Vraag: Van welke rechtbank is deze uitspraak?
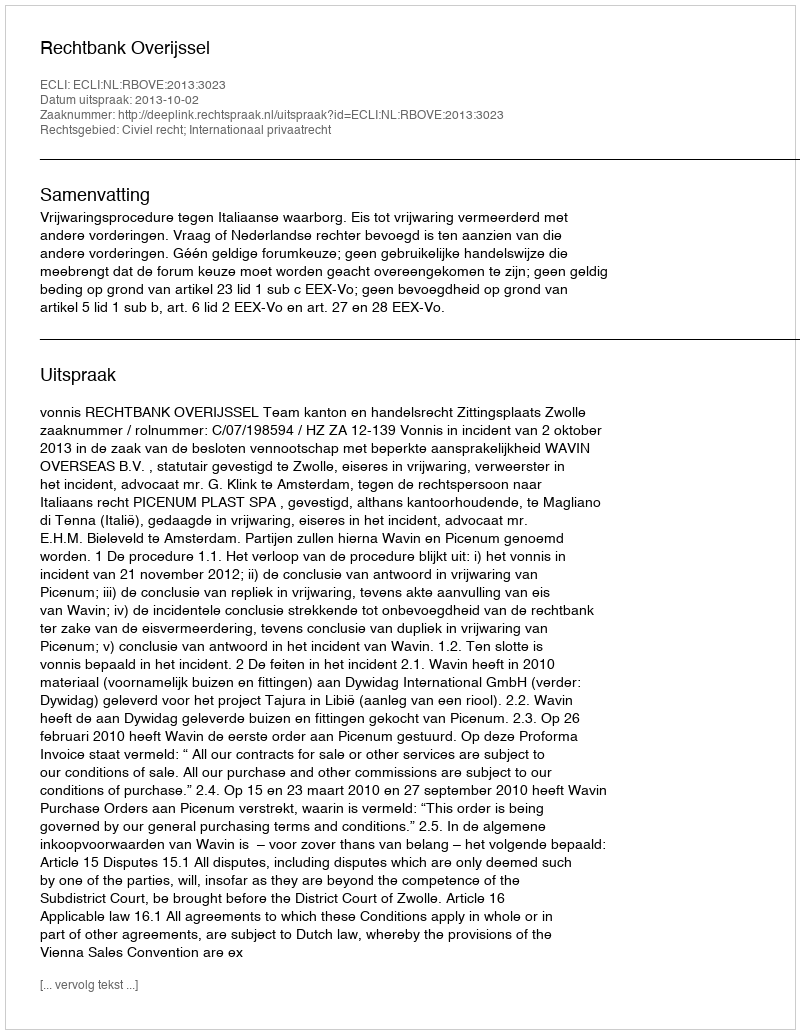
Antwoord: Rechtbank Overijssel